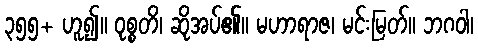
၃၅၅+ ဟူ၍။ ဝုစ္စတိ၊ ဆိုအပ်၏။ မဟာရာဇ၊ မင်းမြတ်။ ဘဂဝါ၊